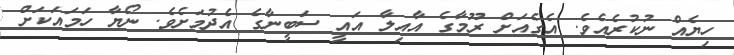
ހިޔެއް ނުކުރެއެވެ. އެގެއަށް ރޫމާގެ އާއިލާ އައީ ސަބީނާގެ އެދުމަށެވެ. ނޯޔާ ހަމައަކަށް